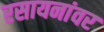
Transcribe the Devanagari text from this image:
रसायनांवर